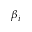
\beta _ { i }